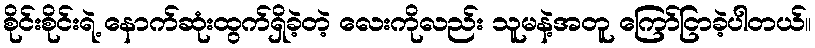
စိုင်းစိုင်းရဲ့ နောက်ဆုံးထွက်ရှိခဲ့တဲ့ လေးကိုလည်း သူမနဲ့အတူ ကြော်ငြာခဲ့ပါတယ်။